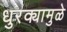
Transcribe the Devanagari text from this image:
धुरक्यामुळे